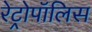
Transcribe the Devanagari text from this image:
रेट्रोपॉलिस